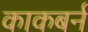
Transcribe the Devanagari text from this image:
काकबर्न